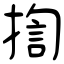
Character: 揈